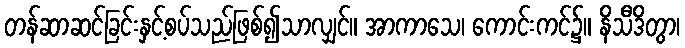
တန်ဆာဆင်ခြင်းနှင့်စပ်သည်ဖြစ်၍သာလျှင်။ အာကာသေ၊ ကောင်းကင်၌။ နိသီဒိတွာ၊